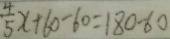
\frac { 4 } { 5 } x + 6 0 - 6 0 = 1 8 0 - 6 0